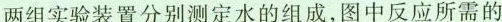
两组实验装置分别测定水的组成，图中反应所需的